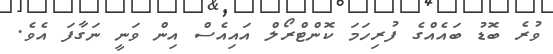
ވުރެ ބޮޑު ބައެއްގެ ފުރިހަމަ ކޮންޓްރޯލް އައިއެސް އިން ވަނީ ނަގާފަ އެވެ.